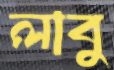
লাবু